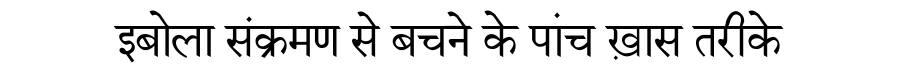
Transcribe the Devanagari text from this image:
इबोला संक्रमण से बचने के पांच ख़ास तरीके